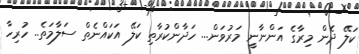
ކަލޭ ދެން މިރާގެ އަންނާނީ މަރުވަން... ހަދާންކުރާތި ކަލޭ އަކައްނެތް ސަލާމަތެ.. ހުރިހާ